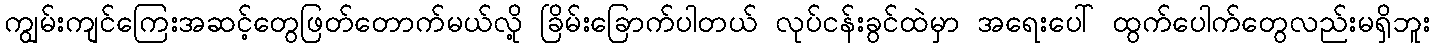
ကျွမ်းကျင်ကြေးအဆင့်တွေဖြတ်တောက်မယ်လို့ ခြိမ်းခြောက်ပါတယ် လုပ်ငန်းခွင်ထဲမှာ အရေးပေါ် ထွက်ပေါက်တွေလည်းမရှိဘူး